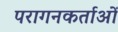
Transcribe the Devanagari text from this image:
परागनकर्ताओं